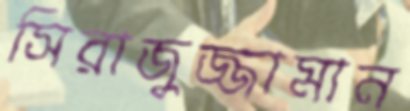
সিরাজুজ্জামান